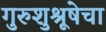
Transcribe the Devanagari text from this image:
गुरुशुश्रूषेचा